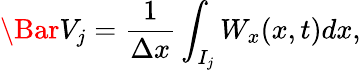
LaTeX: \Bar V_{j}=\frac{1}{\Delta x}\int_{I_{j}}W_{x}(x,t)dx,